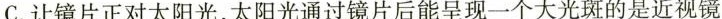
C.让镜片正对太阳光，太阳光通过镜片后能呈现一个大光斑的是近视镜